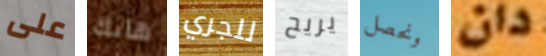
على هانك للجري يريح ونحصل دان